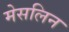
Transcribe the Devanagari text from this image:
मेसलिन